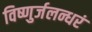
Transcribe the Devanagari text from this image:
विष्णुर्जलन्धरं